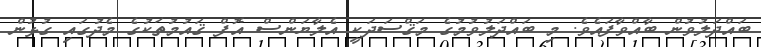
ބައްދަލުވުން ބާއްވާފައެވެ. މި ބައްދަލުވުމުގެ މަޤްސަދަކީ އެލާޔަންސް އޮފް ޤައުމުތަކުގެ މެދުގައި ގުޅުން